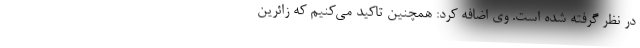
در نظر گرفته شده است. وی اضافه کرد: همچنین تاکید می‌کنیم که زائرین